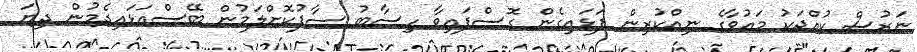
ނަރުސް ކުއްޖަކު މައުވާގެ ނިއްކުރިން ފަޅައިގެން ގޮސްފައިވާ ހިސާބު ސާފުކޮށްލަމުން ބޭސްއަޅައިދެމުން ދިޔަ